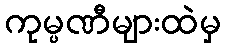
ကုမ္ပဏီများထဲမှ